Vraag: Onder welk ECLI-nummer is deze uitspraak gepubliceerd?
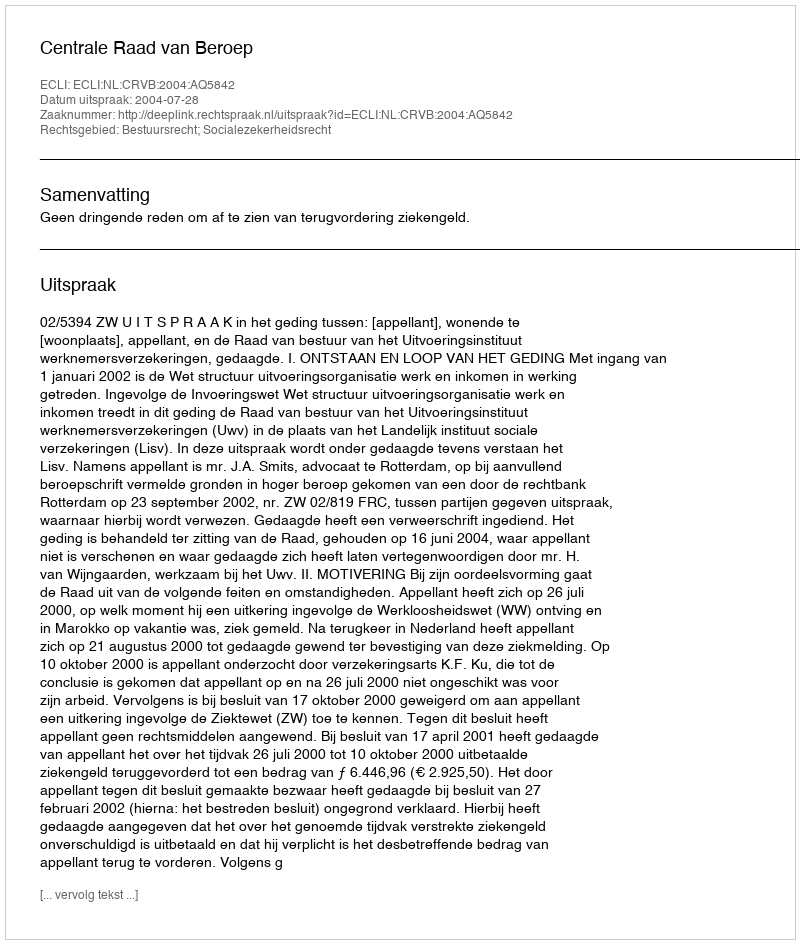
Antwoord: ECLI:NL:CRVB:2004:AQ5842